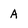
Character: a